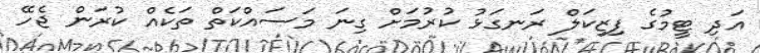
އަދި ޓީމުގެ ފިޒިކަލް ރަނގަޅު ކުރުމަށް ގިނަ މަސައްކަތް ތަކެއް ކުރަން ޖެހޭ